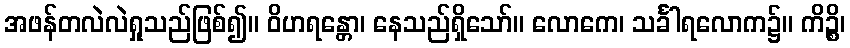
အဖန်တလဲလဲရှုသည်ဖြစ်၍။ ဝိဟရန္တော၊ နေသည်ရှိသော်။ လောကေ၊ သင်္ခါရလောက၌။ ကိဉ္စိ၊